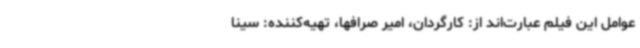
عوامل این فیلم عبارت‌اند از: کارگردان، امیر صرافها، تهیه‌کننده: سینا